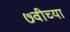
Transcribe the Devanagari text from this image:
७वीच्या